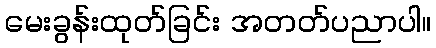
မေးခွန်းထုတ်ခြင်း အတတ်ပညာပါ။